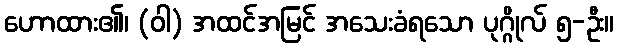
ဟောထား၏၊ (ဝါ) အထင်အမြင် အသေးခံရသော ပုဂ္ဂိုလ် ၅-ဦး။